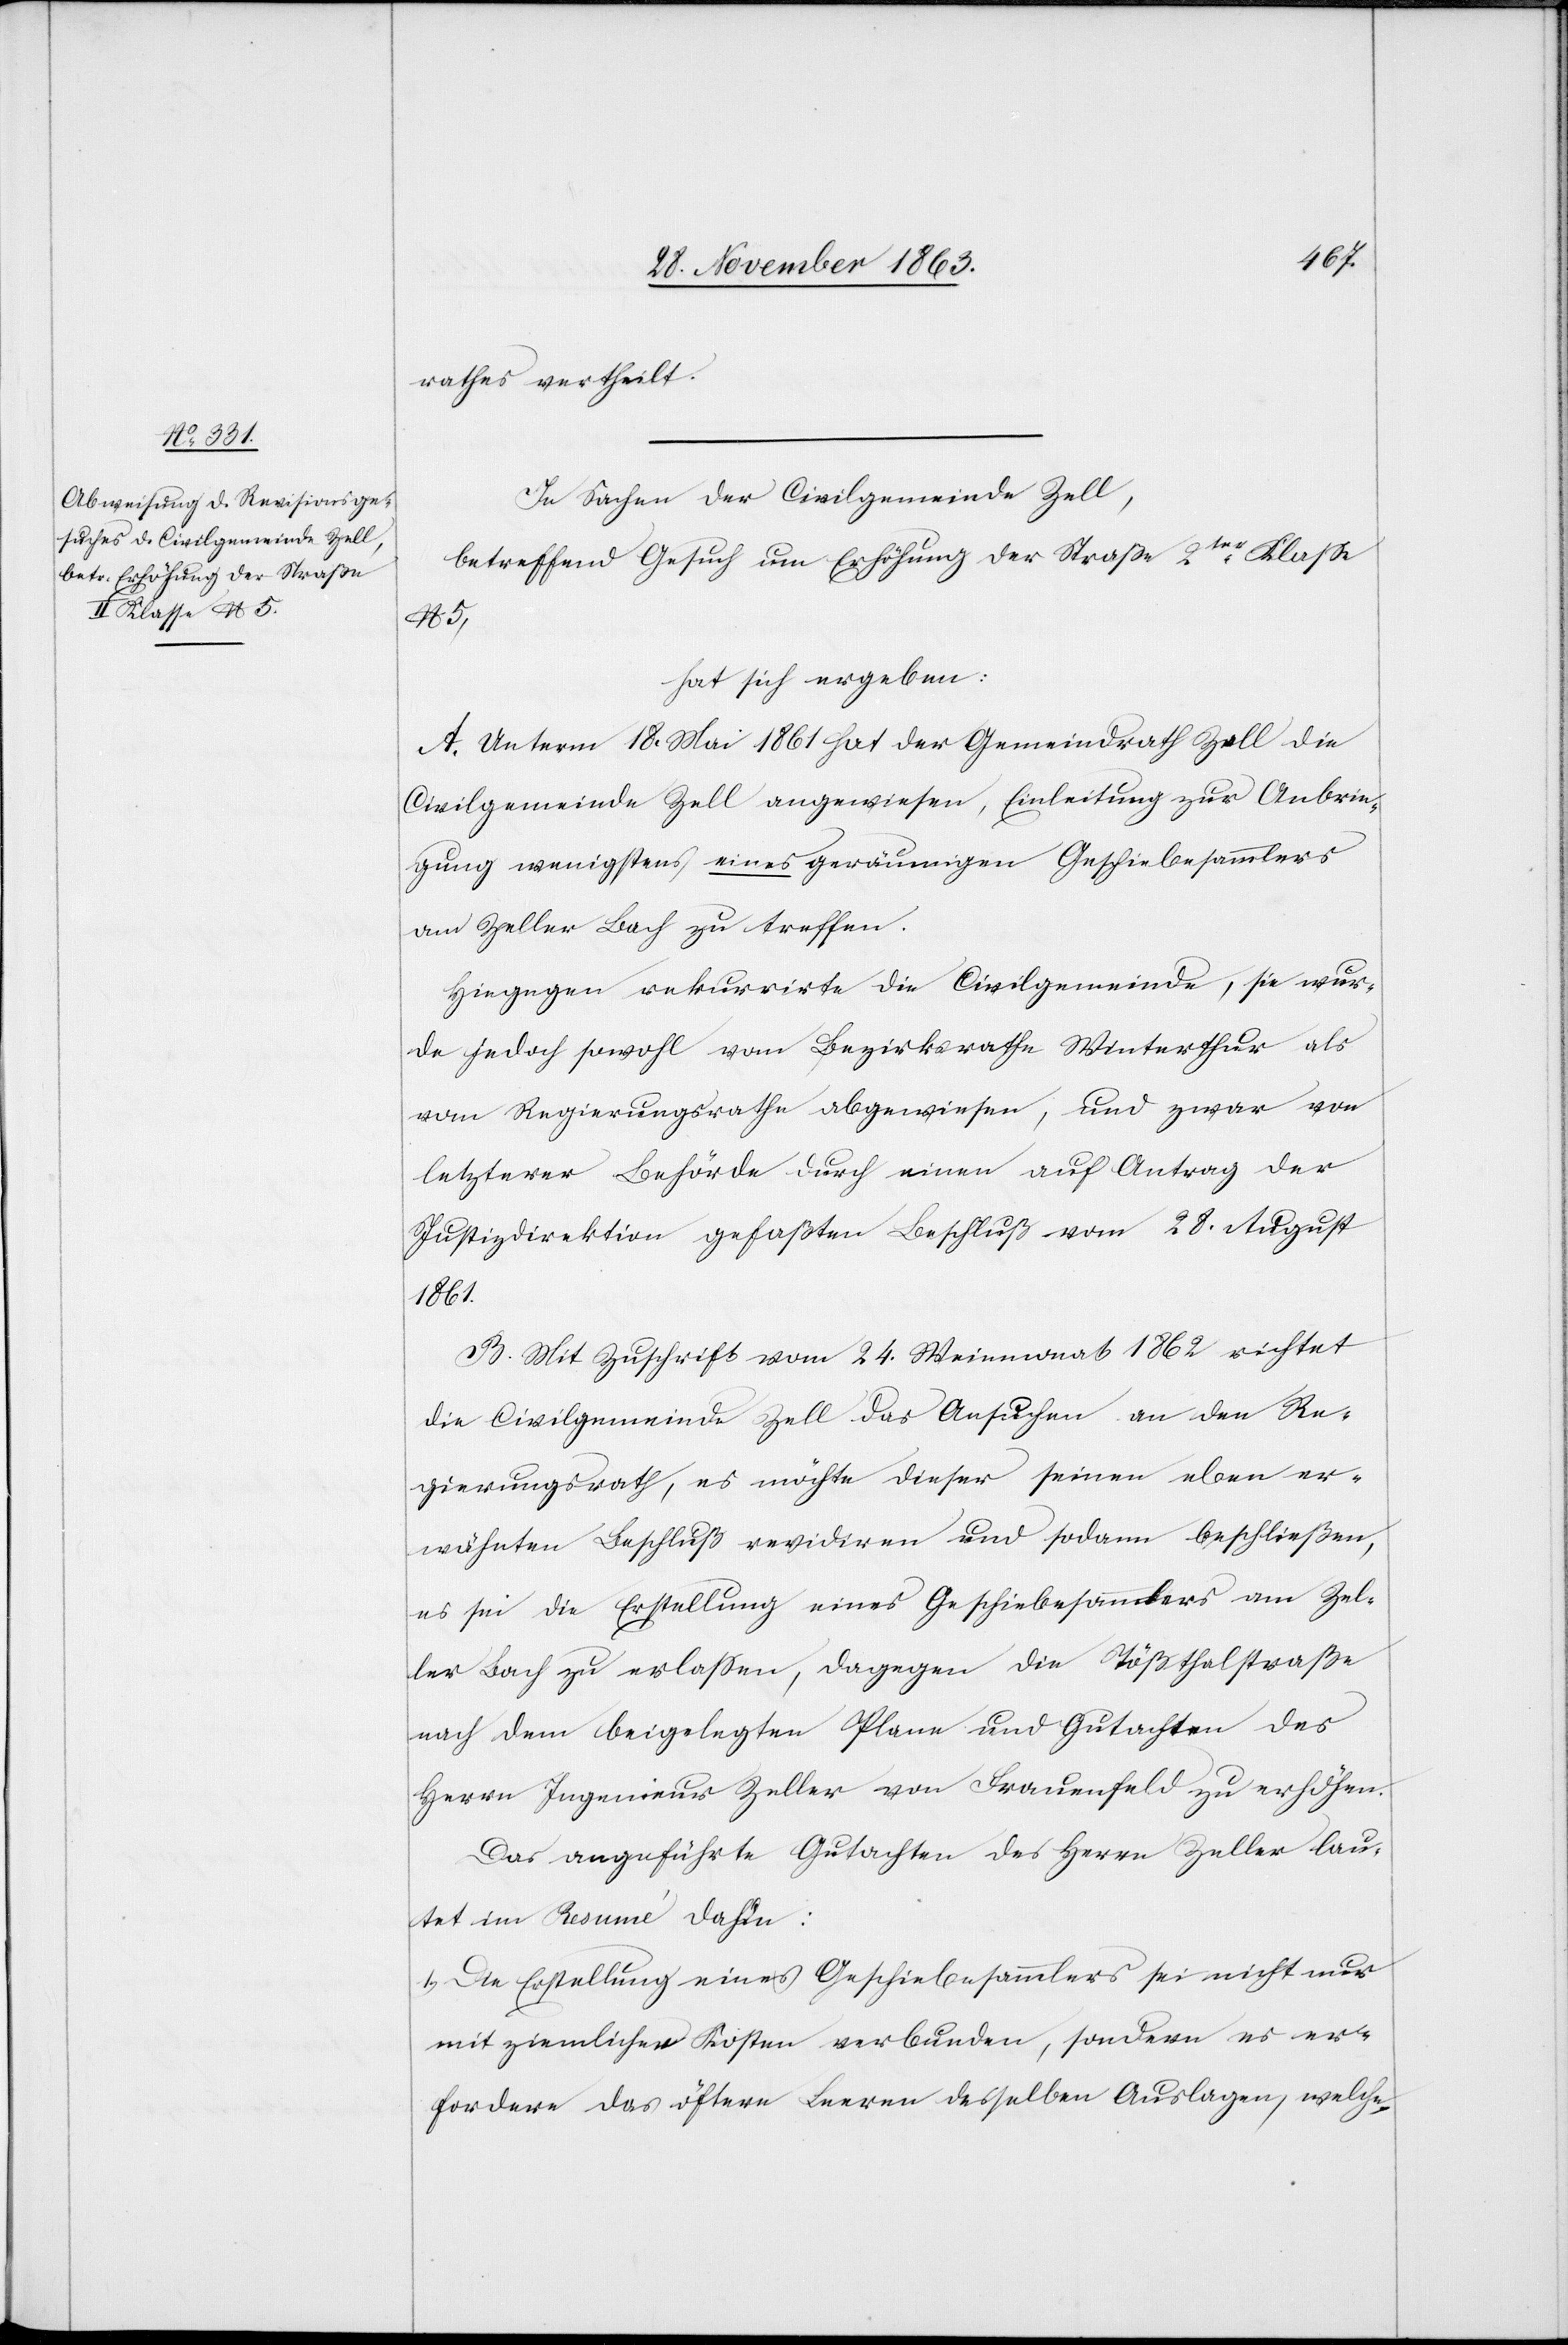
rathes vertheilt.
In Sachen der Civilgemeinde Zell,
betreffend Gesuch um Erhöhung der Straße 2ter Klasse
No 5,
hat sich ergeben:
A. Unterm 18. Mai 1861 hat der Gemeindrath Zell die
Civilgemeinde Zell angewiesen, Einleitung zur Anbrin¬
gung wenigstens eines geräumigen Geschiebesammlers
am Zeller Bach zu treffen.
Hingegen rekurrirte die Civilgemeinde, sie wur¬
de jedoch sowohl vom Bezirksrathe Winterthur als
vom Regierungsrathe abgewiesen, und zwar von
letzterer Behörde durch einen auf Antrag der
Justizdirektion gefaßten Beschluß vom 28. August
1861.
B. Mit Zuschrift vom 24. Weinmonat 1862 richtet
die Civilgemeinde Zell das Ansuchen an den Re¬
gierungsrath, es möchte dieser seinen eben er¬
wähnten Beschluß revidiren und sodann beschließen,
es sei die Erstellung eines Geschiebesammlers am Zel¬
ler Bach zu erlassen, dagegen die Tößthalstraße
nach dem beigelegten Plane und Gutachten des
Herrn Ingenieur Zeller von Frauenfeld zu erhöhen.
Das angeführte Gutachten des Herrn Zeller lau¬
tet im Resumé dahin:
Die Erstellung eines Geschiebesammlers sei nicht nur
mit ziemlichen Kosten verbunden, sondern es er¬
fordere das öftere Leeren desselben Auslagen, welche,